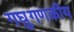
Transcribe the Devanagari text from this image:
गघुगणकीय